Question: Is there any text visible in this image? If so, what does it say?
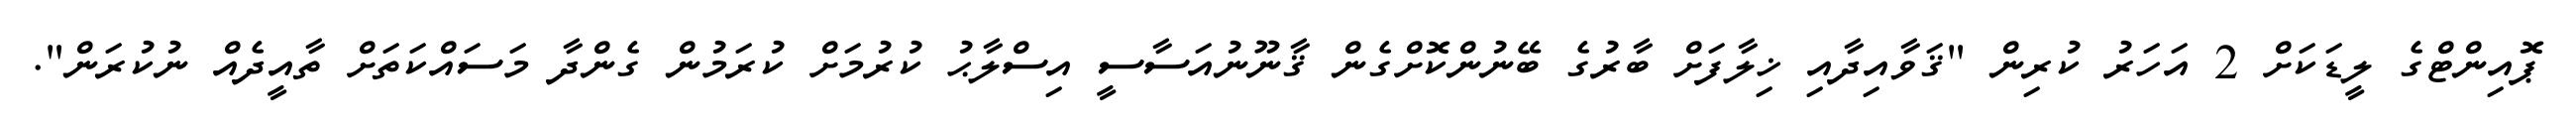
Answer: ޕޮއިންޓްގެ ލީޑަކަށް 2 އަހަރު ކުރިން "ޤަވާއިދާއި ޚިލާފަށް ބާރުގެ ބޭނުންކޮށްގެން ޤާނޫނުއަސާސީ އިސްލާޙު ކުރުމަށް ކުރަމުން ގެންދާ މަސައްކަތަށް ތާއީދެއް ނުކުރަން".